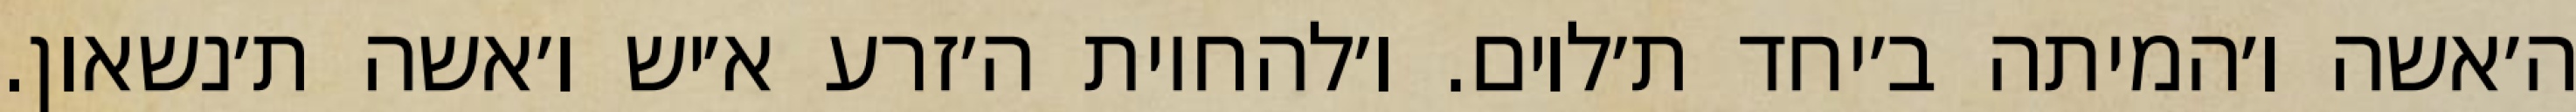
ה׳אשה ו׳המיתה ב׳יחד ת׳לוים. ו׳להחיות ה׳זרע א׳יש ו׳אשה ת׳נשאון.